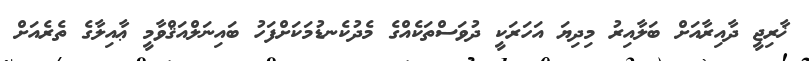
ޚާރިޖީ ދާއިރާއަށް ބަލާއިރު މިދިޔަ އަހަރަކީ ދުވަސްތަކެއްގެ މެދުކެނޑުމަކަށްފަހު ބައިނަލްއަޤްވާމީ ޢާއިލާގެ ތެރެއަށް